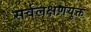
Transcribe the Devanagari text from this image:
सर्वलक्षणयुक्त